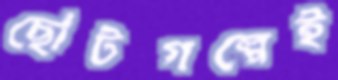
ছোটগল্পেই